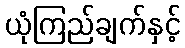
ယုံကြည်ချက်နှင့်